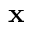
\mathbf x